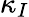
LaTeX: \kappa_{I}